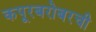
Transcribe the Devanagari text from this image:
कपूरबरोबरची